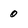
Character: 0